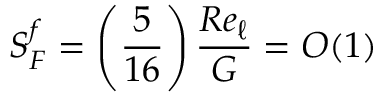
S _ { F } ^ { f } = \left( \frac { 5 } { 1 6 } \right) \frac { R e _ { \ell } } { G } = O ( 1 )